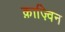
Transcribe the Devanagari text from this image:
क़ाज़्विन